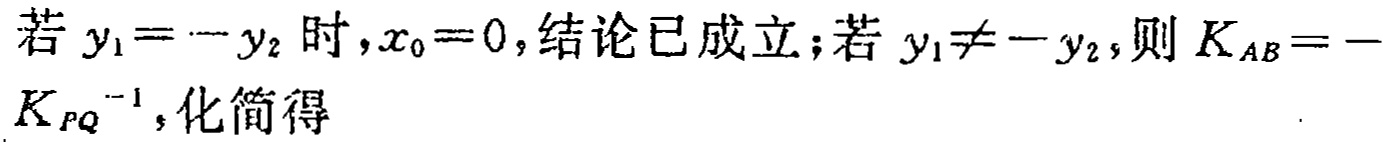
若 \(y_{1}=-y_{2}\) 时，\(x_{0}=0\)，结论已成立；若 \(y_{1}\neq -y_{2}\)，则 \(K_{AB}=-K_{PQ}^{-1}\)，化简得